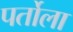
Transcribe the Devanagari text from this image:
पर्तोला